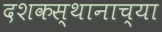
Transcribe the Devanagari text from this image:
दशकस्थानाच्या